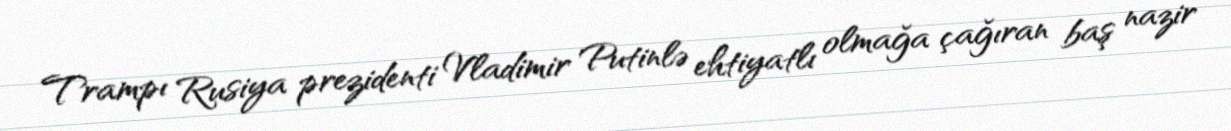
Trampı Rusiya prezidenti Vladimir Putinlə ehtiyatlı olmağa çağıran baş nazir